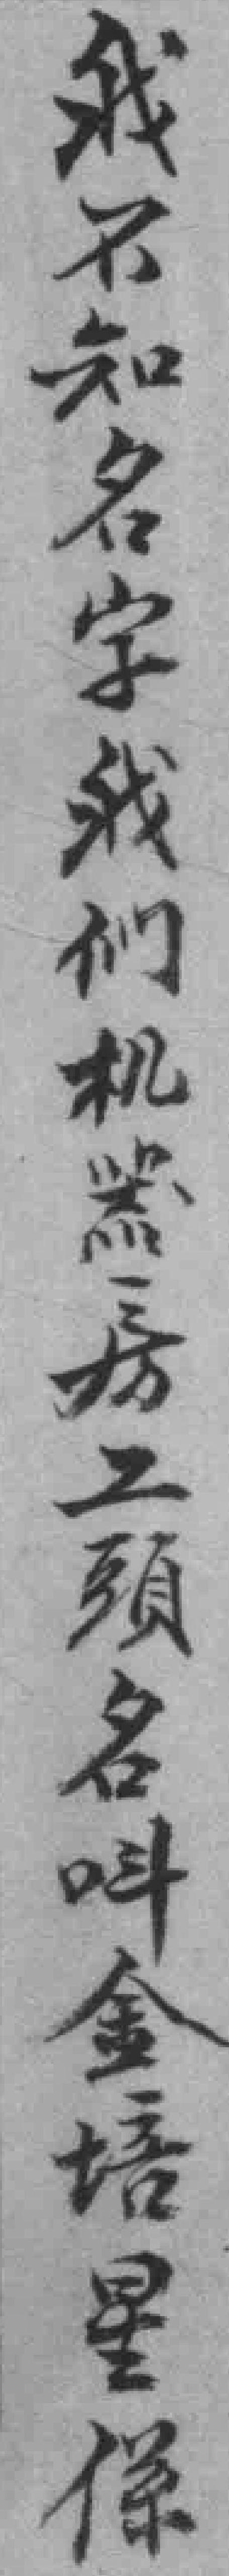
我不知名字我们机器房工頭名呌金培星係